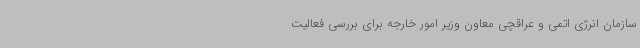
سازمان انرژی اتمی و عراقچی معاون وزیر امور خارجه برای بررسی فعالیت